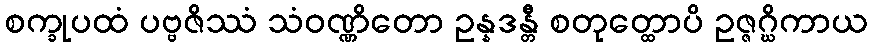
စက္ခုပထံ ပဗ္ဗဇိဿံ သံဝဏ္ဏိတော ဥန္နဒန္တီ စတုတ္ထောပိ ဥဇ္ဇဂ္ဃိကာယ